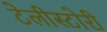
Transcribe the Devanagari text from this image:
टेलीस्टोरी